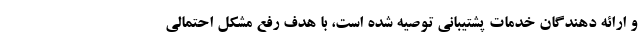
و ارائه دهندگان خدمات پشتیبانی توصیه شده است، با هدف رفع مشکل احتمالی